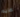
عليه